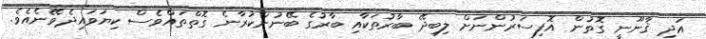
އަދި ޤާނޫނީ ގޮތުން އޮފިސަރުންނަށް ލިބިދޭ ބާރުތަކާއި ބާރުގެ ބޭނުންކުރާނެ ގޮތްތައްވެސް ކިޔަވައިދެވޭނެއެވެ.